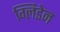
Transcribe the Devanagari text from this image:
ग्लिडेन